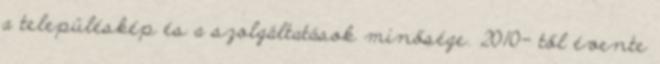
a településkép és a szolgáltatások minősége. 2010- től évente